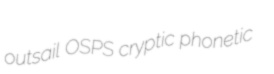
outsail OSPS cryptic phonetic